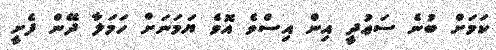
ކަމަށް ބުނެ ސަޢުދީ އިން އިސްވެ އޮވެ ޔަމަނަށް ހަމަލާ ދޭން ފެށީ